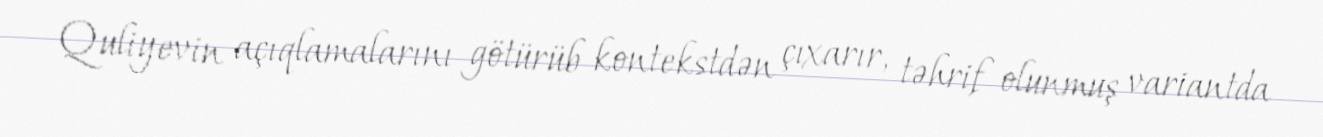
Quliyevin açıqlamalarını götürüb kontekstdən çıxarır, təhrif olunmuş variantda